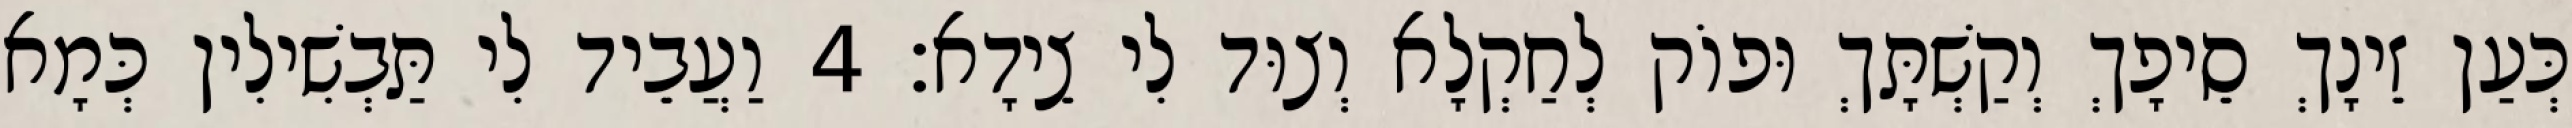
כְּעַן זֵינָךְ סֵיפָךְ וְקַשְׁתָּךְ וּפוֹק לְחַקְלָא וְצוּד לִי צֵידָא׃ 4 וַעֲבֵיד לִי תַּבְשִׁילִין כְּמָא